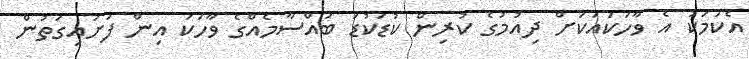
އެކަމަކު އެ ވާހަކައަކަށް ދިއުމުގެ ކުރިން ކުޑަކުޑަ ބައްސާމެއްގެ ވާހަކަ އިން ފަށައިގަތުން